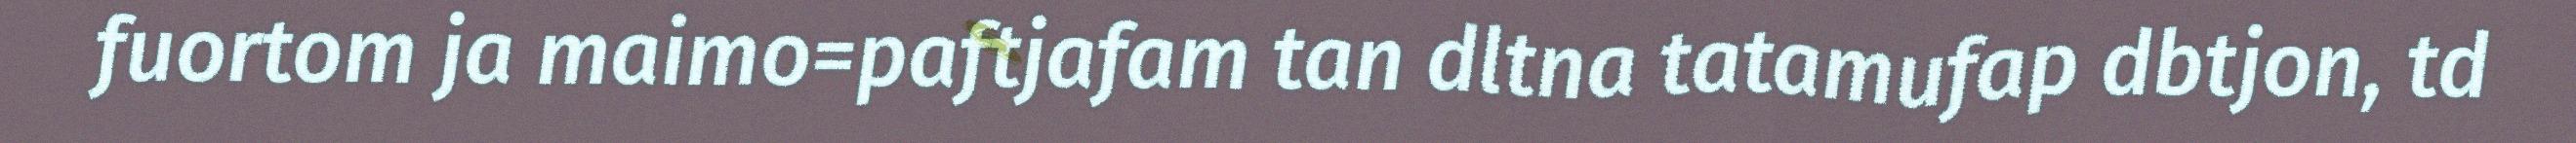
fuortom ja maimo=paftjafam tan dltna tatamufap dbtjon, td